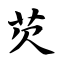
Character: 芡